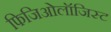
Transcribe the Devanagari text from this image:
फिजिओलॉजिस्ट